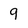
Character: 9